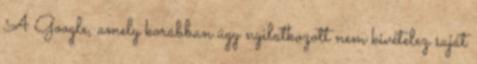
A Google, amely korábban úgy nyilatkozott nem kivételez saját